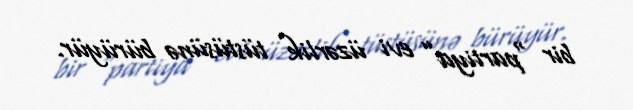
bir “partiya” evi üzərlik tüstüsünə bürüyür.